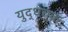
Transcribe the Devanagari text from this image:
युद्धचक्र